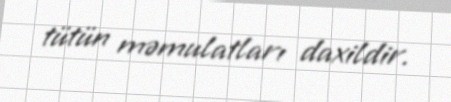
tütün məmulatları daxildir.